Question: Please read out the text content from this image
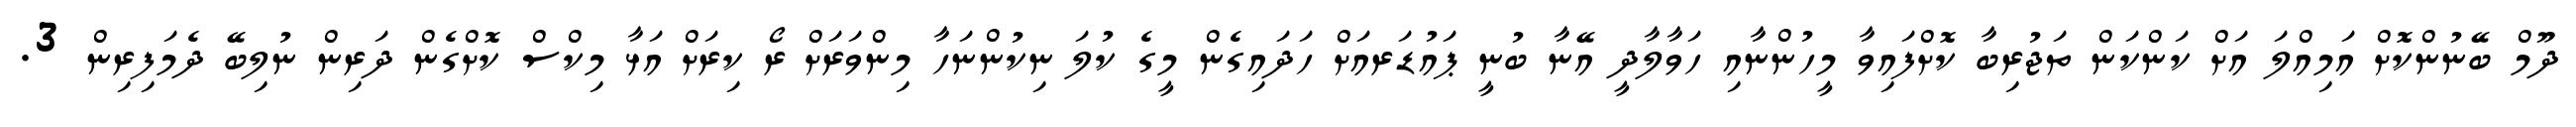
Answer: ދޫމް ބޭނުންކޮށް އަމިއްލަ އަށް ކަންކަން ތަޖުރިބާ ކޮށްފައިވާ މީހުންނާއި ހަވާލާދީ އޭނާ ބުނީ ޕައުޑަރއަށް ހަދައިގެން މީގެ ކުލަ ނިކުންނަހާ މިންވަރަށް ރޯ ކިރަށް އަޅާ މިކްސް ކޮށްގެން ދަރިން ނުލިބޭ ދެމަފިރިން 3.